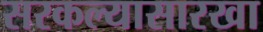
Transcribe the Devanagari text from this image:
सरकल्यासारखा